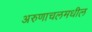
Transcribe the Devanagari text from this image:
अरुणाचलमधील